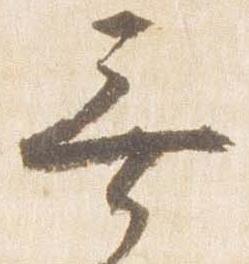
無